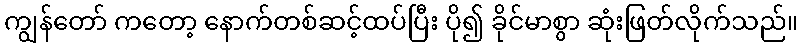
ကျွန်တော် ကတော့ နောက်တစ်ဆင့်ထပ်ပြီး ပို၍ ခိုင်မာစွာ ဆုံးဖြတ်လိုက်သည်။